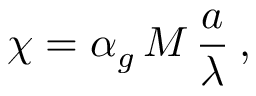
\chi = \alpha _ { g } \, M \, \frac { a } { \lambda } \: ,